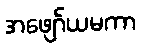
အဖျော်ယမကာ